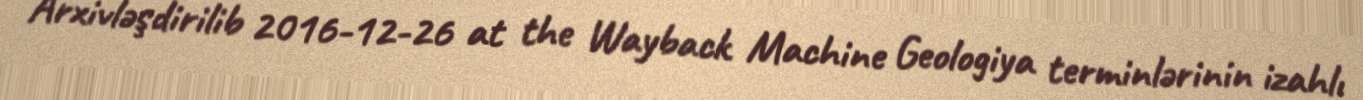
Arxivləşdirilib 2016-12-26 at the Wayback Machine Geologiya terminlərinin izahlı